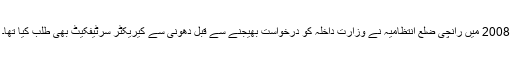
2008 میں رانچی ضلع انتظامیہ نے وزارت داخلہ کو درخواست بھیجنے سے قبل دھونی سے کیریکٹر سرٹیفکیٹ بھی طلب کیا تھا۔